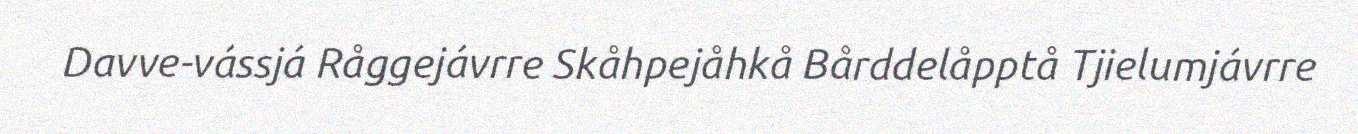
Davve-vássjá Råggejávrre Skåhpejåhkå Bårddelåpptå Tjielumjávrre